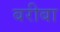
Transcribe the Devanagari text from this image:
बरीबा